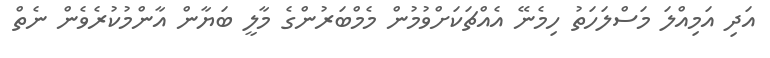
އަދި އަމިއްލަ މަސްލަހަތު ހިމެނޭ އެއްޗަކަށްވުމުން މެމްބަރުންގެ މާލީ ބަޔާން އާންމުކުރެވެން ނެތް